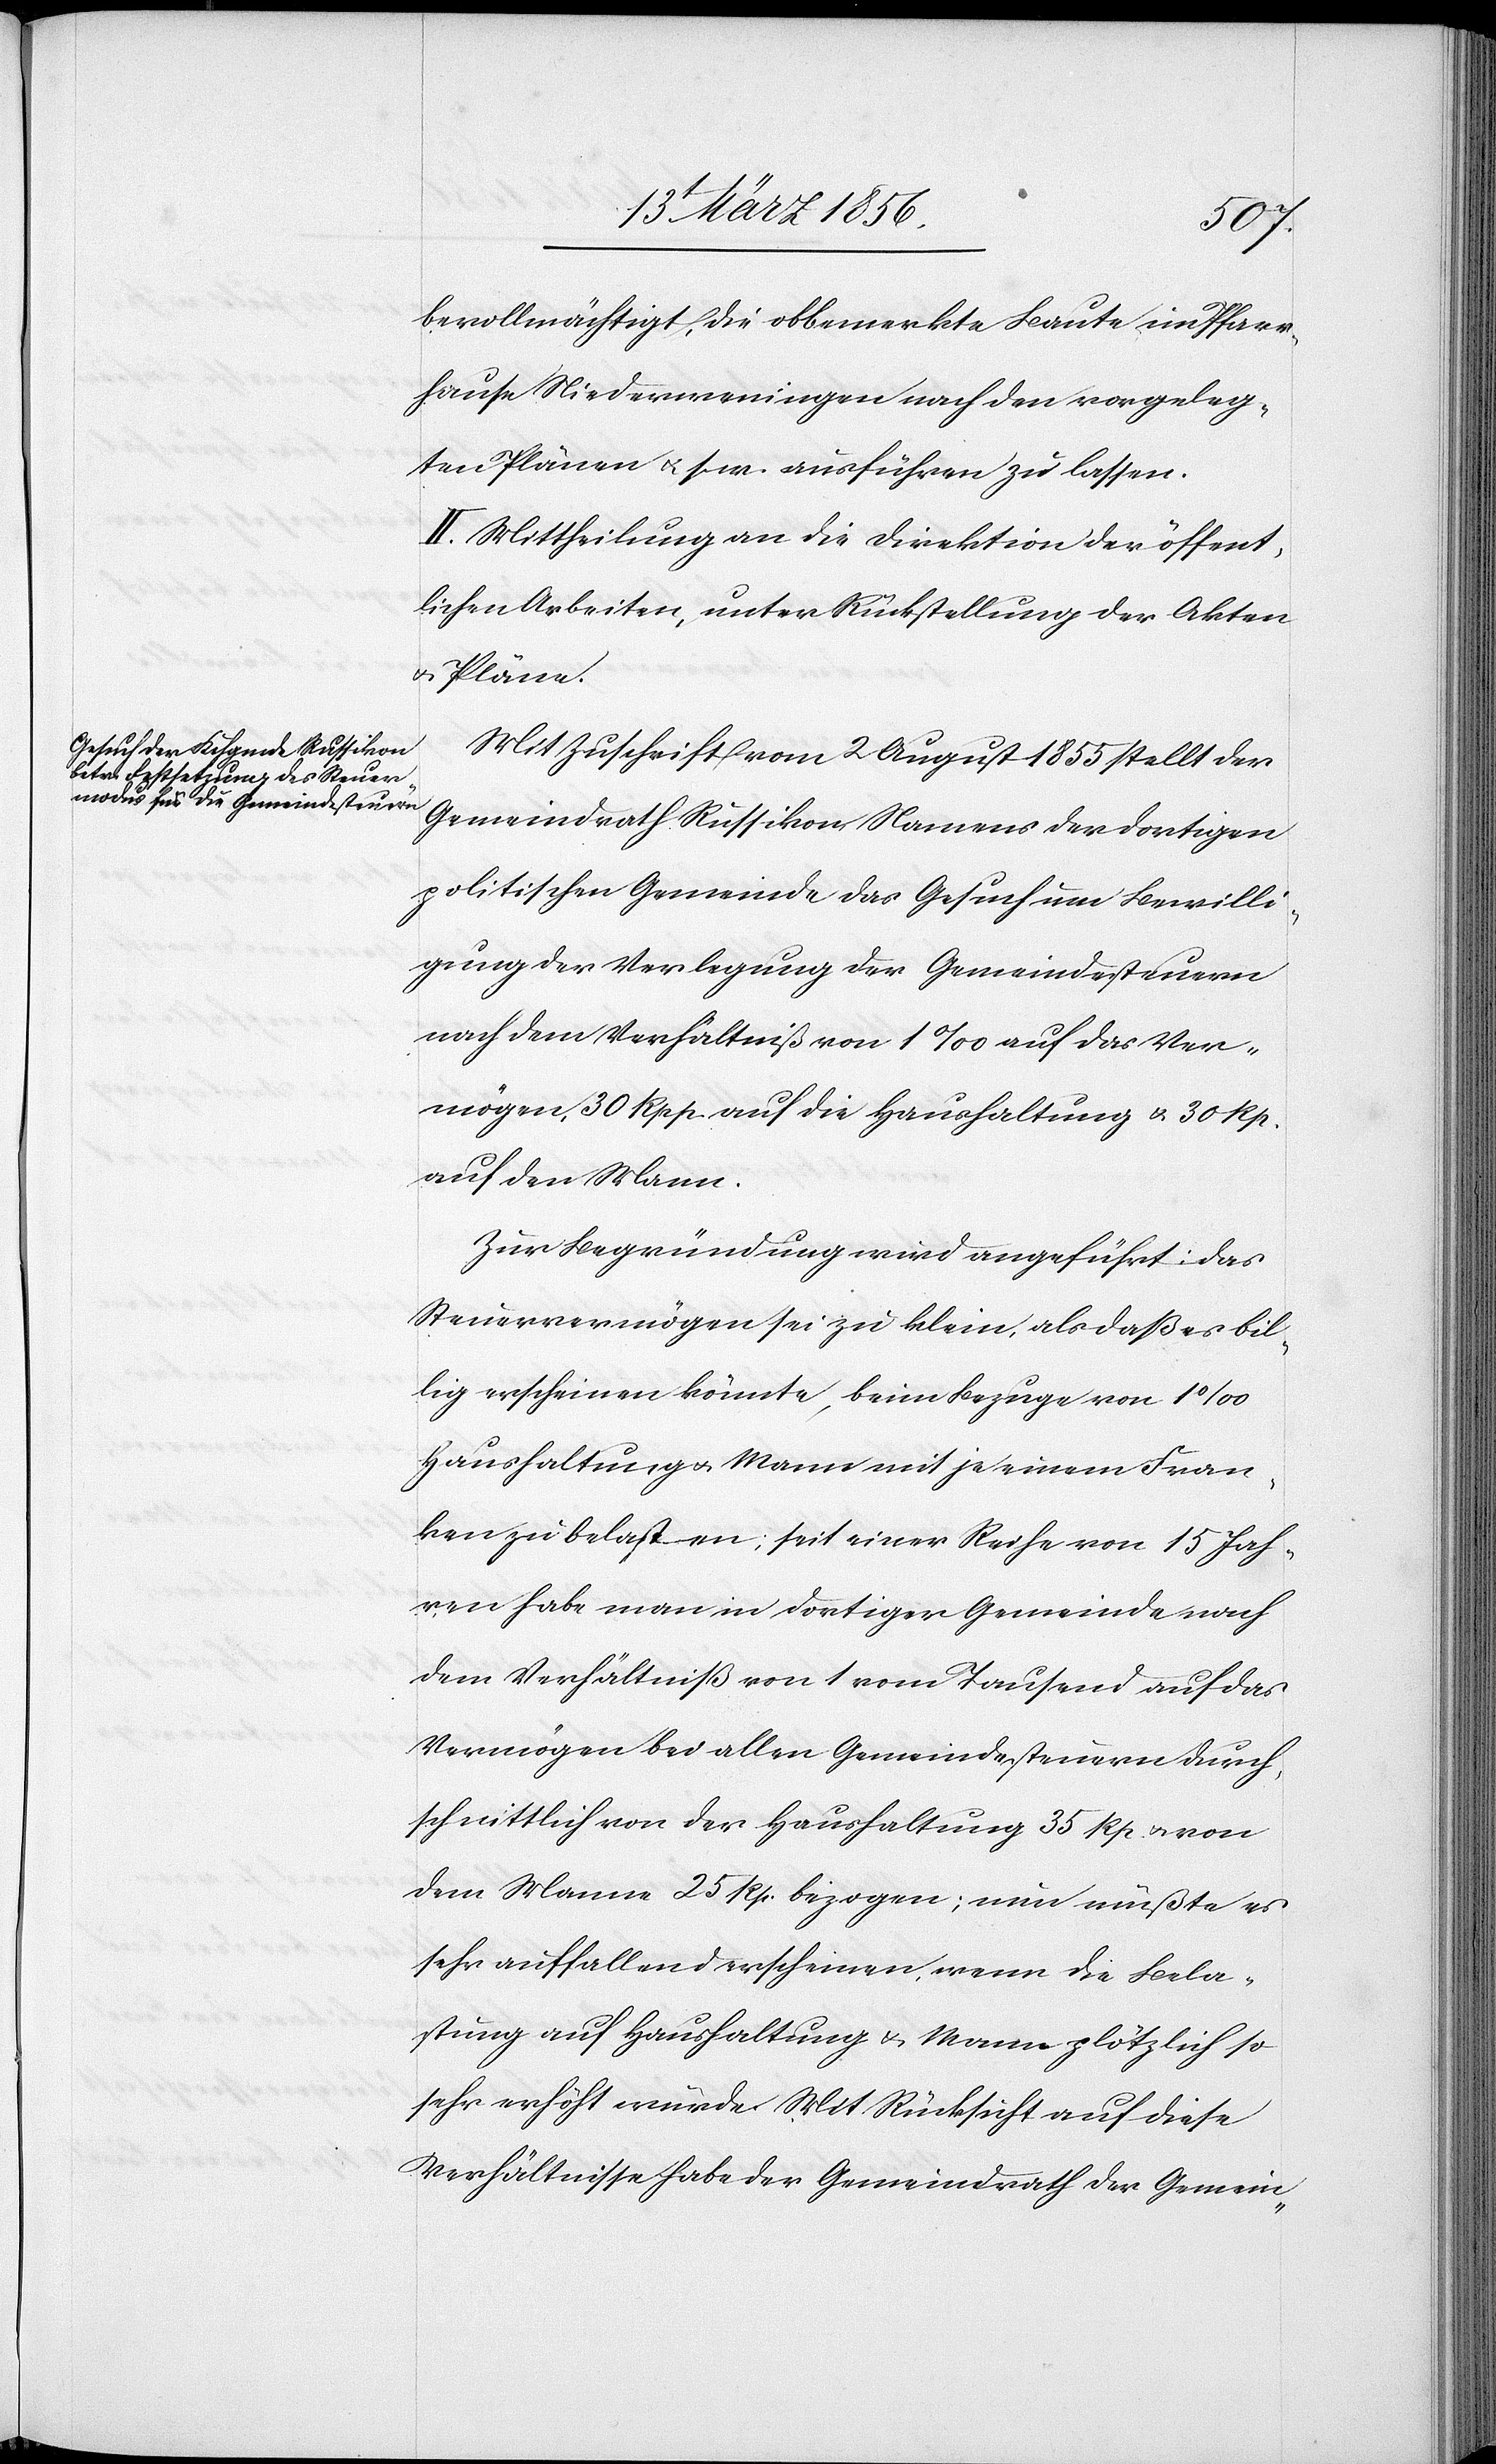
bevollmächtigt, die obbemerkte Baute im Pfarr¬
hause Niederweningen nach den vorgeleg¬
ten Plänen u. s. w. ausführen zu lassen.
II. Mittheilung an die Direktion der öffent¬
lichen Arbeiten, unter Rückstellung der Akten
u. Pläne.
Mit Zuschrift vom 2 August 1855 stellt der
Gemeindrath Russikon, Namens der dortigen
politischen Gemeinde das Gesuch um Bewilli¬
gung der Verlegung der Gemeindesteuern
nach dem Verhältniß von 1‰ auf das Ver¬
mögen, 30 Rpp. auf die Haushaltung & 30 Rpp.
auf den Mann.
Zur Begründung wird angeführt: Das
Steuervermögen sei zu klein, als daß es bil¬
lig erscheinen könnte, beim Bezuge von 1‰
Haushaltung u. Mann mit je einem Fran¬
ken zu belasten; seit einer Reihe von 15 Jah¬
ren habe man in dortiger Gemeinde nach
dem Verhältniß von 1 vom Tausend auf das
Vermögen bei allen Gemeindesteuern durch¬
schnittlich von der Haushaltung 35 Rp. u. von
dem Manne 25 Rp. bezogen; nun müßte es
sehr auffallend erscheinen, wenn die Bela¬
stung auf Haushaltung & Mann plötzlich so
sehr erhöht würde. Mit Rücksicht auf diese
Verhältnisse habe der Gemeindrath der Gemein-